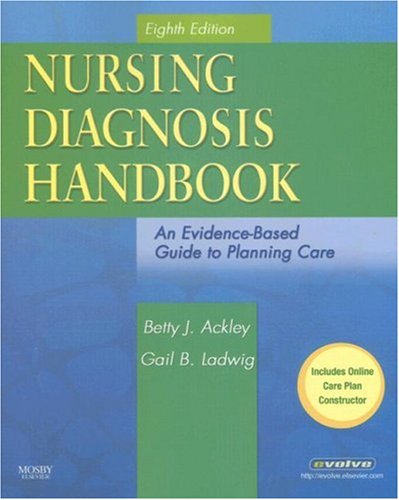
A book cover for Nursing Diagnosis Handbook: An Evidence-Based Guide to Planning Care, Eighth Edition; Betty J. Ackley; Medical Books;